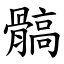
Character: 髇